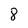
Character: 8